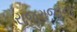
રાજરાજાના